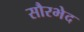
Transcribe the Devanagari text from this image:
सौरभेद